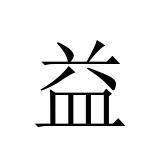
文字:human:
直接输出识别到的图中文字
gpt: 益